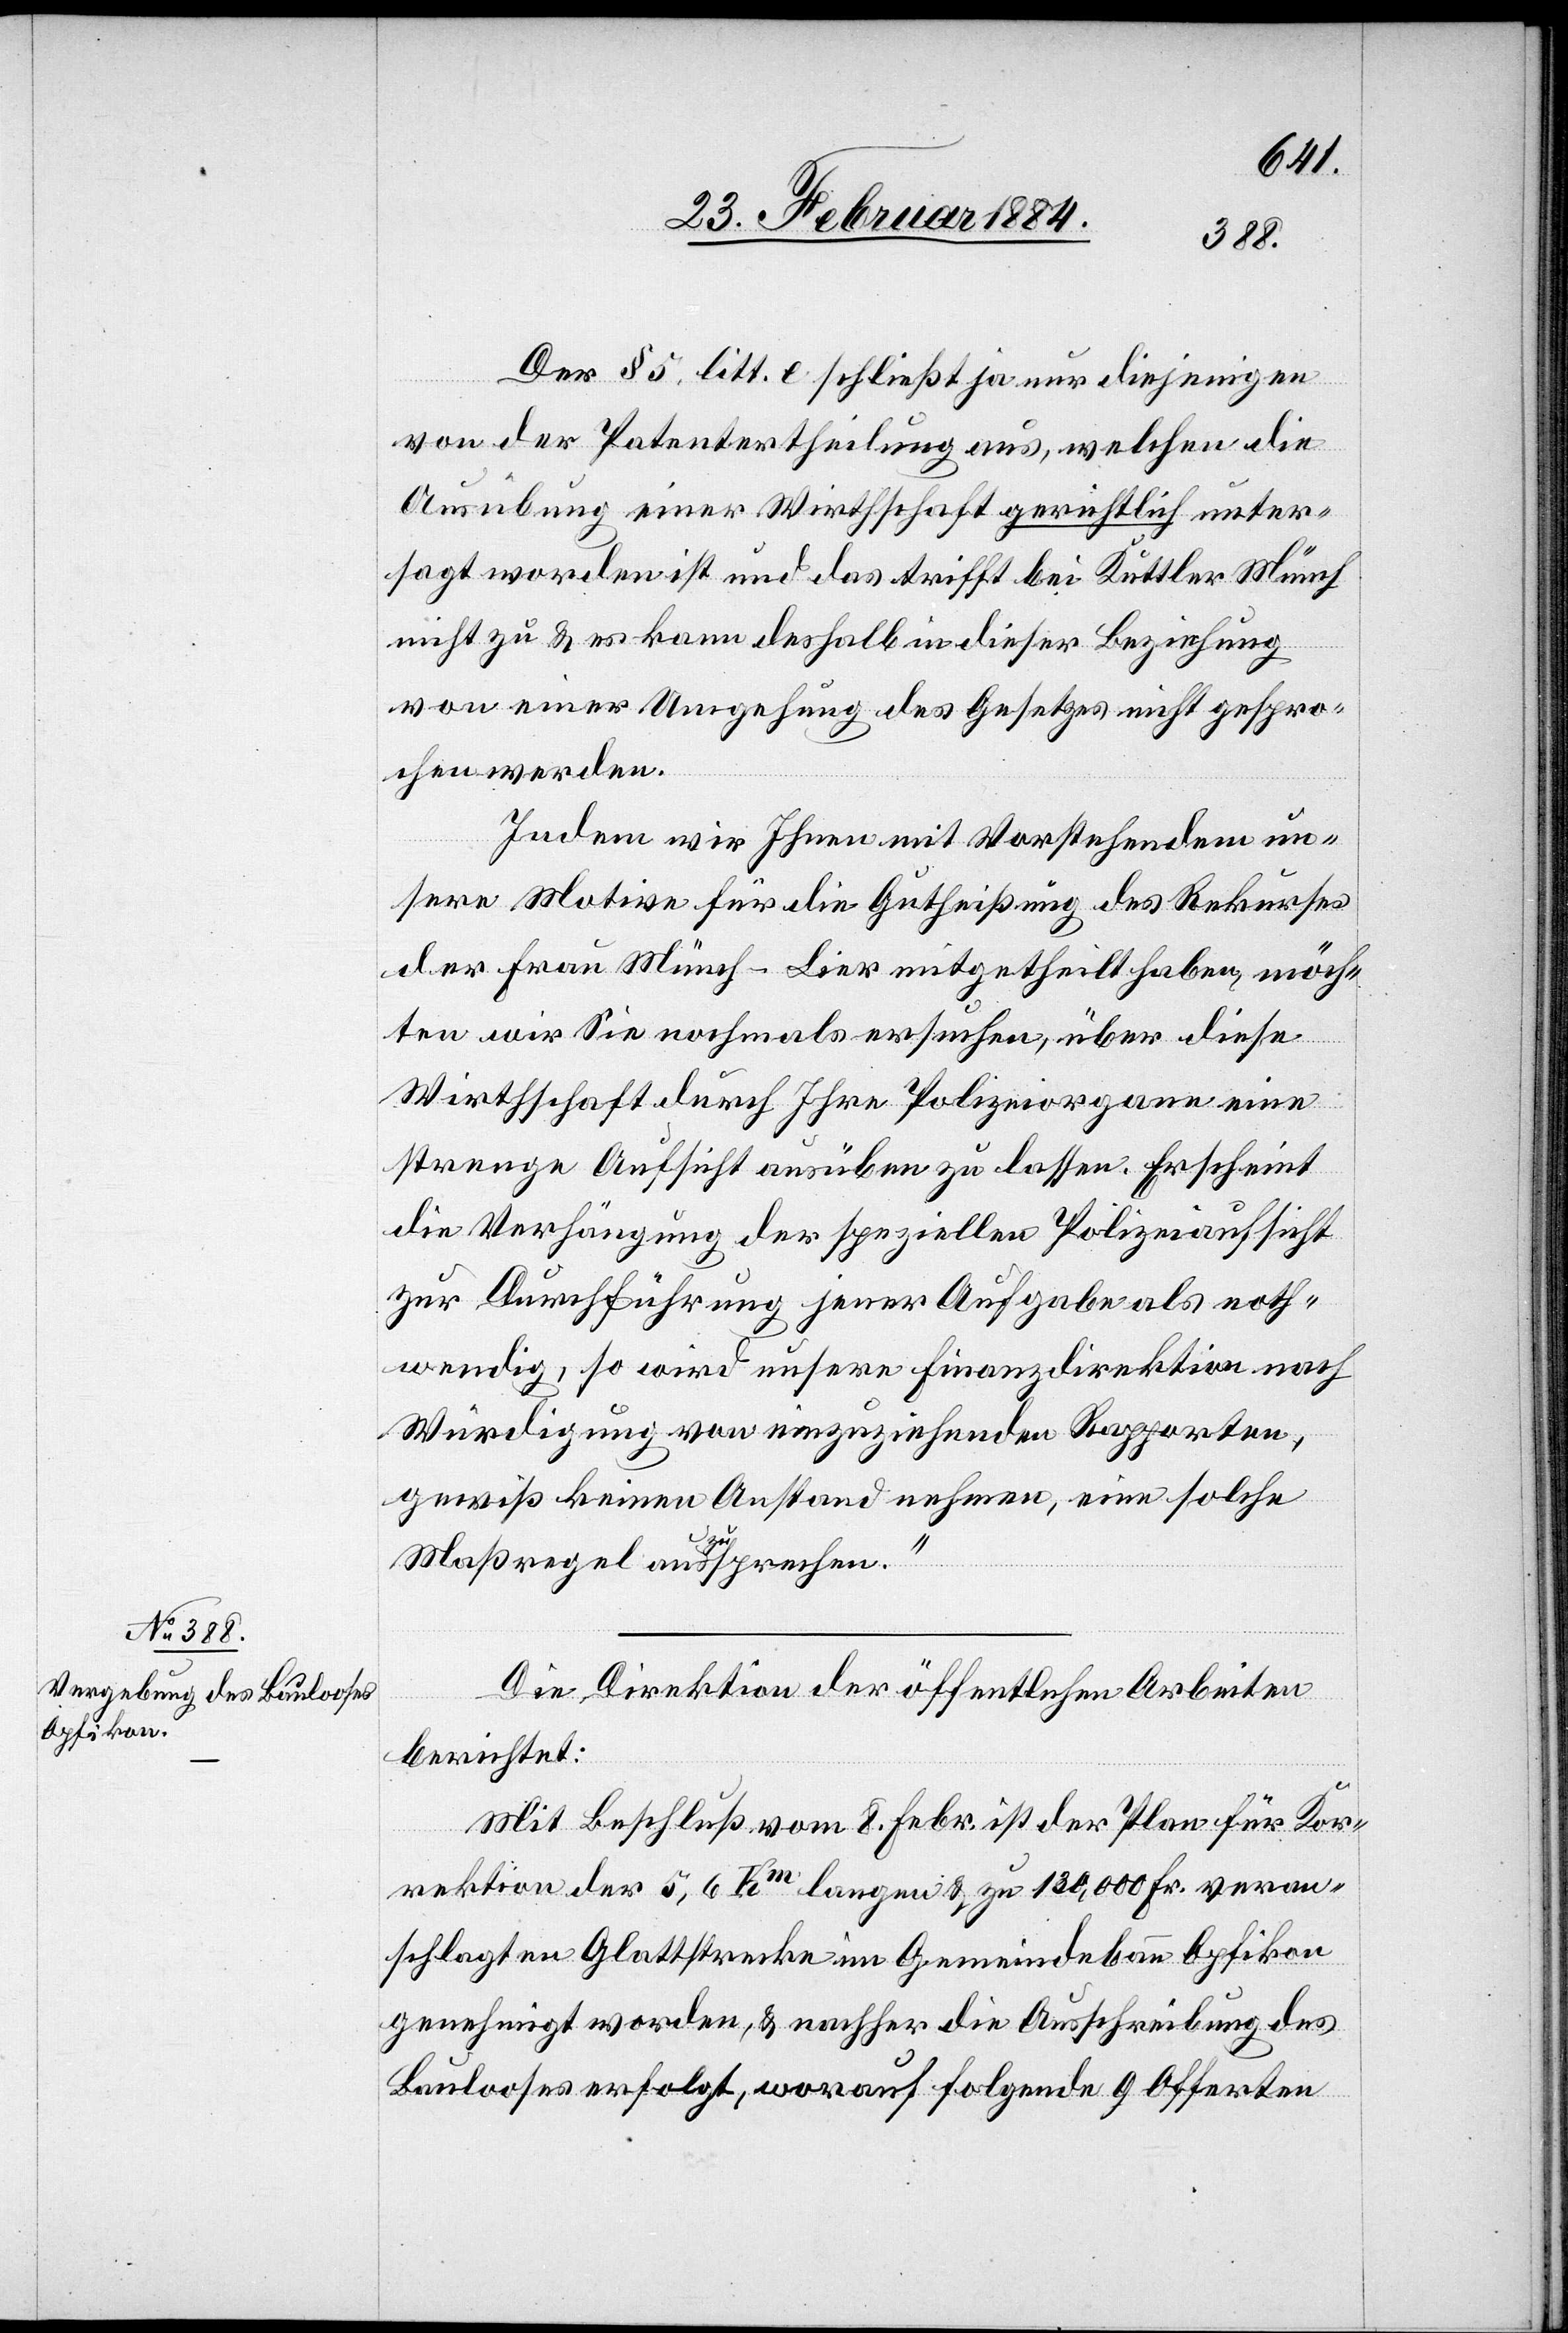
Der § 5, litt. 3 schließt ja nur diejenigen
von der Patentertheilung aus, welchen die
Ausübung einer Wirthschaft gerichtlich unter¬
sagt worden ist und das trifft bei Kuttler Münch
nicht zu & es kann deshalb in dieser Beziehung
von einer Umgehung des Gesetzes nicht gespro¬
chen werden.
Indem wir Ihnen mit Vorstehendem un¬
sere Motive für die Gutheißung des Rekurses
der Frau Münch-Lier mitgetheilt haben, möch¬
ten wir Sie nochmals ersuchen, über diese
Wirthschaft durch Ihre Polizeiorgane eine
strenge Aufsicht ausüben zu lassen. Erscheint
die Verhängung der speziellen Polizeiaufsicht
zur Durchführung jener Aufgabe noth¬
wendig, so wird unsere Finanzdirektion nach
Würdigung von einzuziehenden Rapporten,
gewiß keinen Anstand nehmen, eine solche
Maßregel auszusprechen.“
Die Direktion der öffentlichen Arbeiten
berichtet:
Mit Beschluß vom 8. Febr. ist der Plan für Kor¬
rektion der 5,6 Km langen & zu 130,000 Fr. veran¬
schlagten Glattstrecke im Gemeindebann Opfikon
genehmigt worden, & nachher die Ausschreibung des
Baulooses erfolgt, worauf folgende 9 Offerten